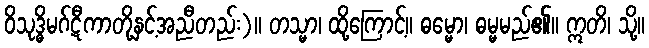
ဝိသုဒ္ဓိမဂ်ဋီကာတို့နှင့်အညီတည်း)။ တသ္မာ၊ ထို့ကြောင့်။ ဓမ္မော၊ ဓမ္မမည်၏။ ဣတိ၊ သို့။